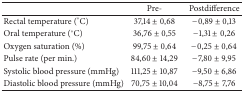
|  | Pre- | Postdifference |
 | --- | --- | --- |
 | Rectal temperature (°C) | 37,14 ± 0,68 | −0,89 ± 0,13 |
 | Oral temperature (°C) | 36,76 ± 0,55 | −1,31 ± 0,26 |
 | Oxygen saturation (%) | 99,75 ± 0,64 | −0,25 ± 0,64 |
 | Pulse rate (per min.) | 84,60 ± 14,29 | −7,80 ± 9,95 |
 | Systolic blood pressure (mmHg) | 111,25 ± 10,87 | −9,50 ± 6,86 |
 | Diastolic blood pressure (mmHg) | 70,75 ± 10,04 | −8,75 ± 7,76 |